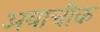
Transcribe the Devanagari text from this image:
अयाचीक